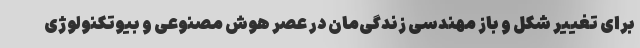
برای تغییر شکل و باز مهندسی زندگی‌مان در عصر هوش مصنوعی و بیوتکنولوژی